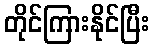
တိုင်ကြားနိုင်ပြီး